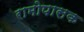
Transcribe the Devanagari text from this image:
रामोपासक